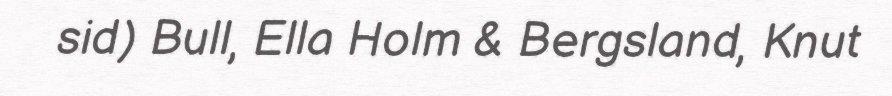
sid) Bull, Ella Holm & Bergsland, Knut